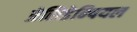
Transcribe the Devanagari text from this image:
प्रेसिडेन्षियल